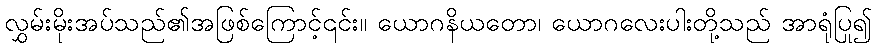
လွှမ်းမိုးအပ်သည်၏အဖြစ်ကြောင့်၎င်း။ ယောဂနိယတော၊ ယောဂလေးပါးတို့သည် အာရုံပြု၍